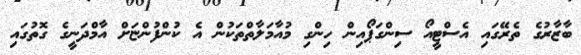
ބާޒާރުގެ ތެރޭގައި އެސްޓީއޯ ސިންގަޕޯއިން ހިންގި މުއާމަލާތްތަކުން އެ ކުންފުންޏަށް އާމްދަނީގެ ގޮތުގައި